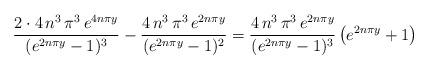
LaTeX: \begin{align*}\frac{2\cdot 4\,n^3\,\pi^3\,e^{4n\pi y}}{(e^{2n\pi y}-1)^3}-\frac{4\,n^3\,\pi^3\,e^{2n\pi y}}{(e^{2n\pi y}-1)^2}=\frac{4\,n^3\,\pi^3\,e^{2n\pi y}}{(e^{2n\pi y}-1)^3}\left(e^{2n\pi y}+1\right)\end{align*}